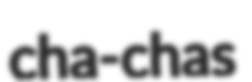
cha-chas